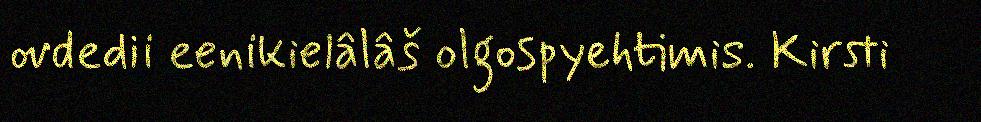
ovdedii eenikielâlâš olgospyehtimis. Kirsti